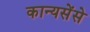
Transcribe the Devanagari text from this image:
कान्यसेंसे